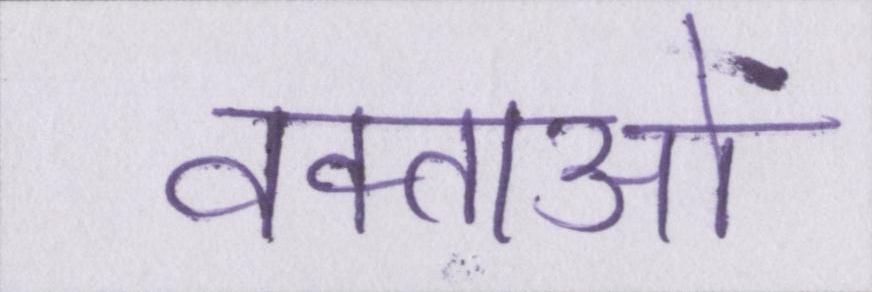
वक्ताओं